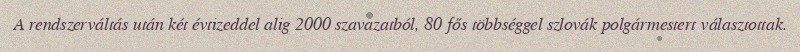
A rendszerváltás után két évtizeddel alig 2000 szavazatból, 80 fős többséggel szlovák polgármestert választottak.